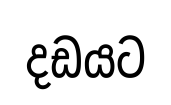
දඩයට